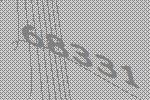
68331